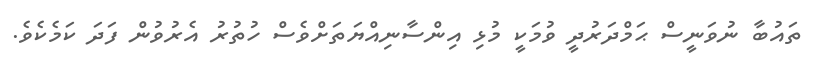
ތައުބާ ނުވަނީސް ޙަމްދަރުދީ ވުމަކީ މުޅި އިންސާނިއްޔަތަށްވެސް ހުތުރު އެރުވުން ފަދަ ކަމެކެވެ.